Medical and sanitary report on the native army of Bombay for the year
Year: 1878
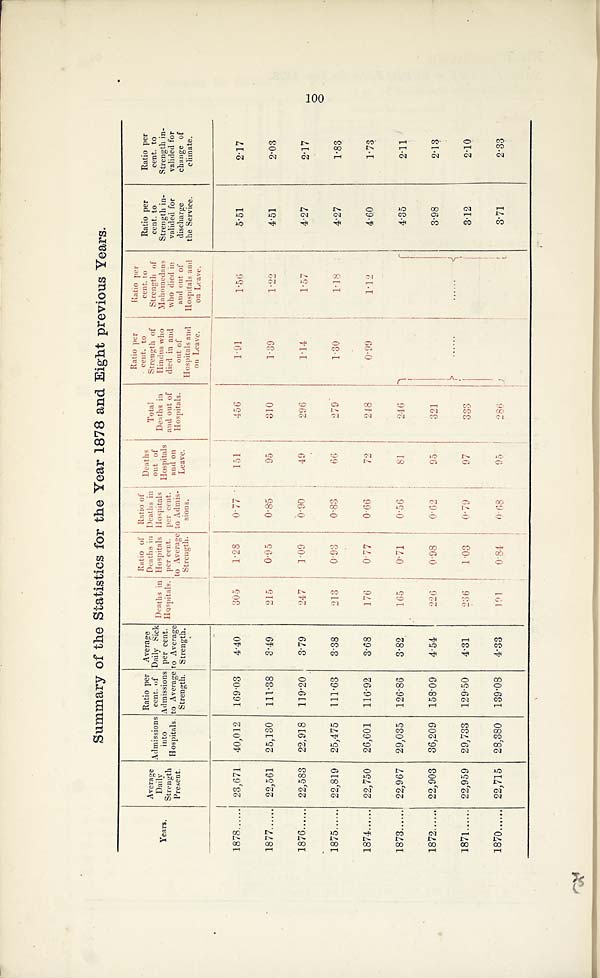
Summary of the Statistics for the Year 1878 and Eight previous Years.
Years.
Average Daily
Strength
Present.
Admissions
into
Hospitals
Ratio per
cent. of
Admissions
to Average
Strength.
Average
Daily Sick
per cent.
to Average
Strength.
Deaths in
Hospitals.
Ratio of
Deaths in
Hospitals
per cent.
to Average
Strength.
Ratio of
Deaths in
Hospitals
per cent.
to Admis-
sions.
Deaths
out of
and on
Leave.
Total
Deaths in
and out of
Hospitals.
Ratio per
cent. to
Strength of
Hindus who
died in and
out of
Hospitals and
on Leave
.
Ratio per
cent. to
Stre
n g t h o f
M a h o m e d a n s
who died in
and out of
Hospitals and
on Leave.
Ratio per
c e n t . t o
Strength in-
valided for
discharge
the Service.
Ratio per
c e n t . t o
Strength in-
valided for
change of
climate.
1878 ...... 23,671 40,012
169.03
4.40
305
1.28
0.77
151
456
1.91
1.56
5.51
2.17
1877 ...... 22,561
25,130
111.38
3.49
215
0.95
0.85
95
310
1.39
1.22
4.51
2 . 0 3
1876 ...... 22,583 22,918
119.20
3.79
247
1.09
0.90
49
296
1.14
1.57
4 . 2 7
2.17
1875 ...... 22,819
25,475
111.63
3.38
213
0.93
0.83
66
279
1.30
1.18
4 . 2 7
1.83
1874 ...... 22,750
26,601
116.92
3.68
176
0.77
0.66
72
248
0.99
1.12
4.60
1.73
1873 ...... 22,967 29,035
126.86
3.82
165
0.71
0.56
81
246
......
. . . . . .
4.35
2.11
1872 ...... 22,903
36,209 158.09
4.54
226
0.98
0.62
95
321
3.98
2.13
1871 ...... 22,959 29,733
129.50
4.31
236
1.03
0.79
9 7
333
3.12
2.10
1870 ...... 22,715 28,380
139.08
4.33
191
0.84
0.68
95
286
3.71
2.33
100